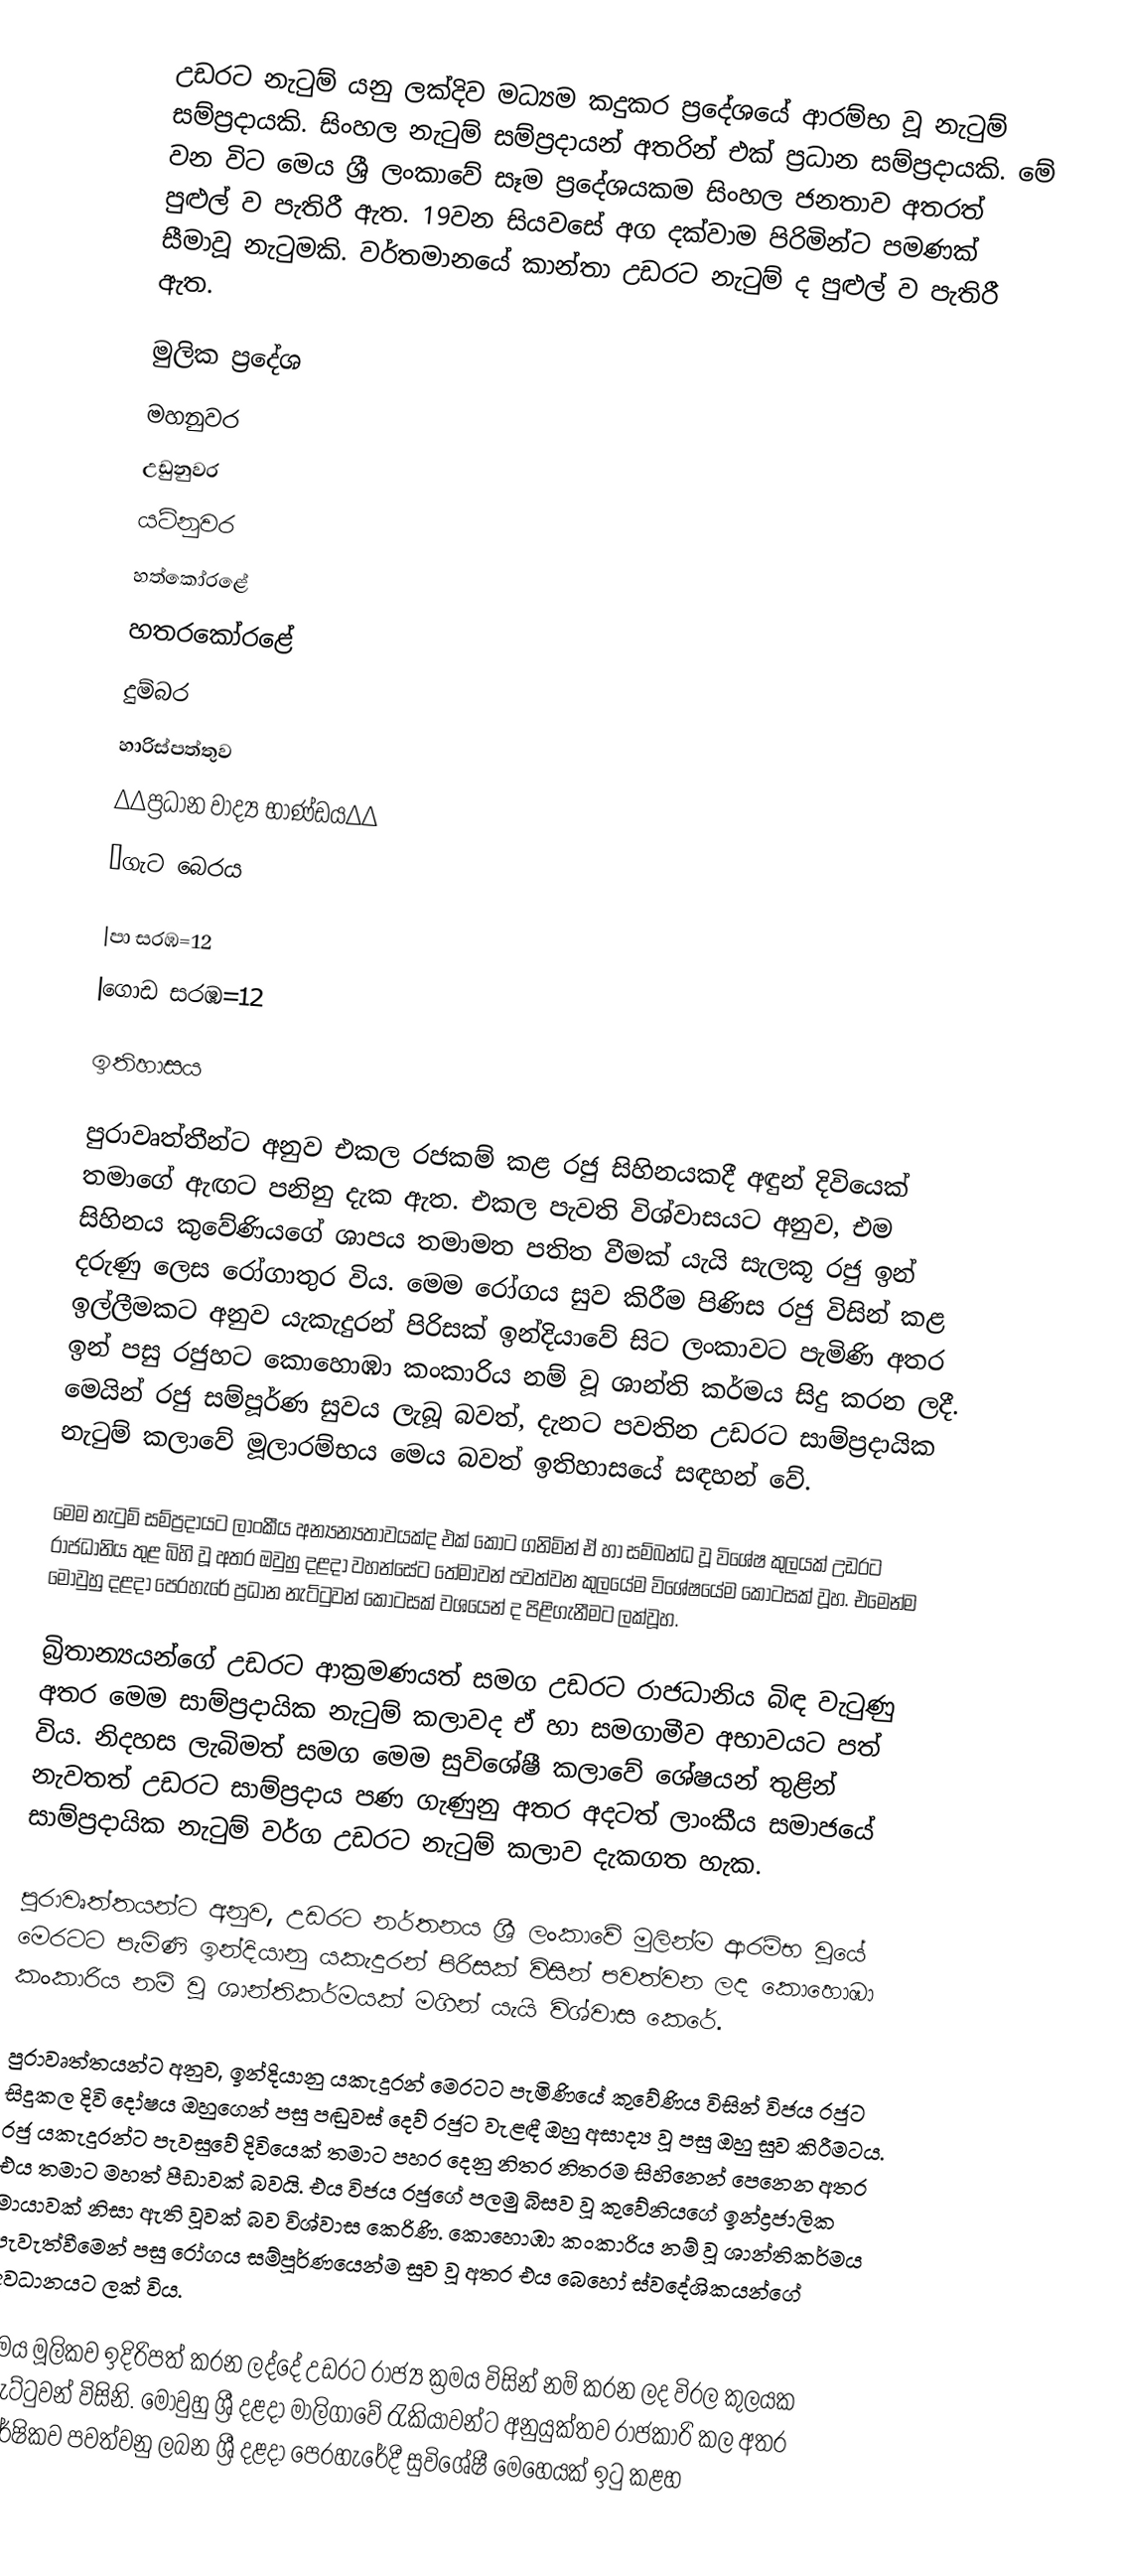
උඩරට නැටුම් යනු ලක්දිව මධ්‍යම කදුකර ප්‍රදේශයේ ආරම්භ වූ නැටුම් සම්ප්‍රදායකි. සිංහල නැටුම් සම්ප්‍රදායන් අතරින් එක් ප්‍රධාන සම්ප්‍රදායකි. මේ වන විට  මෙය ශ්‍රී ලංකාවේ සෑම ප්‍රදේශයකම සිංහල ජනතාව අතරත් පුළුල් ව පැතිරී ඇත. 19වන සියවසේ අග දක්වාම පිරිමින්ට පමණක් සීමාවූ නැටුමකි. වර්තමානයේ කාන්තා උඩරට නැටුම් ද පුළුල් ව පැතිරී ඇත.

මුලික ප්‍රදේශ
 මහනුවර
 උඩුනුවර
 යටිනුවර
 හත්කෝරළේ
 හතරකෝරළේ
 දුම්බර
 හාරිස්පත්තුව
∆∆ප්‍රධාන වාද්‍ය භාණ්ඩය∆∆
•ගැට බෙරය

|පා සරඹ=12
|ගොඩ සරඹ=12

ඉතිහාසය

පුරාවෘත්තීන්ට අනුව එකල රජකම් කළ රජු සිහිනයකදී අඳුන් දිවියෙක් තමාගේ ඇඟට පනිනු දැක ඇත. එකල පැවති විශ්වාසයට අනුව, එම සිහිනය කුවේණියගේ ශාපය තමාමත පතිත වීමක් යැයි සැලකූ රජු ඉන් දරුණු ලෙස රෝගාතුර විය. මෙම රෝගය සුව කිරීම පිණිස රජු විසින් කළ ඉල්ලීමකට අනුව යැකැදුරන් පිරිසක් ඉන්දියාවේ සිට ලංකාවට පැමිණි අතර ඉන් පසු රජුහට කොහොඹා කංකාරිය නම් වූ ශාන්ති කර්මය සිදු කරන ලදී. මෙයින් රජු සම්පූර්ණ සුවය ලැබූ බවත්, දැනට පවතින උඩරට සාම්ප්‍රදායික නැටුම් කලාවේ මූලාරම්භය මෙය බවත් ඉතිහාසයේ සඳහන් වේ.

මෙම නැටුම් සම්ප්‍රදායට ලාංකීය අන්‍යන්‍යතාවයක්ද එක් කොට ගනිමින් ඒ හා සම්බන්ධ වූ විශේෂ කුලයක් උඩරට රාජධානිය තුළ බිහි වූ අතර ඔවුහු දළදා වහන්සේට තේමාවන් පවත්වන කුලයේම විශේෂයේම කොටසක් වූහ. එමෙන්ම මොවුහු දළදා පෙරහැරේ ප්‍රධාන නැට්ටුවන් කොටසක් වශයෙන් ද පිළිගැනීමට ලක්වූහ.

බ්‍රිතාන්‍යයන්ගේ උඩරට ආක්‍රමණයත් සමග උඩරට රාජධානිය බිඳ වැටුණු අතර මෙම සාම්ප්‍රදායික නැටුම් කලාවද ඒ හා සමගාමීව අභාවයට පත් විය. නිදහස ලැබිමත් සමග මෙම සුවිශේෂී කලාවේ ශේෂයන් තුළින් නැවතත් උඩරට සාම්ප්‍රදාය පණ ගැණුනු අතර අදටත් ලාංකීය සමාජයේ සාම්ප්‍රදායික නැටුම් වර්ග උඩරට නැටුම් කලාව දැකගත හැක.

පුරාවෘත්තයන්ට අනුව, උඩරට නර්තනය ශ්‍රී ලංකාවේ මුලින්ම ආරම්භ වූයේ මෙරටට පැමිණි ඉන්දියානු යකැදුරන් පිරිසක් විසින් පවත්වන ලද කොහොඹා කංකාරිය නම් වූ ශාන්තිකර්මයක් මගින් යැයි විශ්වාස කෙරේ.

පුරාවෘත්තයන්ට අනුව, ඉන්දියානු යකැදුරන් මෙරටට පැමිණියේ කුවේණිය විසින් විජය රජුට සිදුකල දිවි දෝෂය ඔහුගෙන් පසු පඬුවස් දෙව් රජුට වැළඳී ඔහු අසාද්‍ය වූ පසු ඔහු සුව කිරීමටය. රජු යකැදුරන්ට පැවසුවේ දිවියෙක් තමාට පහර දෙනු නිතර නිතරම සිහිනෙන් පෙනෙන අතර එය තමාට මහත් පීඩාවක් බවයි. එය විජය රජුගේ පලමු බිසව වූ කුවේනියගේ ඉන්ද්‍රජාලික මායාවක් නිසා ඇති වූවක් බව විශ්වාස කෙරිණි. කොහොඹා කංකාරිය නම් වූ ශාන්තිකර්මය පැවැත්වීමෙන් පසු රෝගය සම්පූර්ණයෙන්ම සුව වූ අතර එය බෙහෝ ස්වදේශිකයන්ගේ අවධානයට ලක් විය.

මෙය මූලිකව ඉදිරිපත් කරන ලද්දේ උඩරට රාජ්‍ය ක්‍රමය විසින් නම් කරන ලද විරල කුලයක නැට්ටුවන් විසිනි. මොවුහු ශ්‍රී දළදා මාලිගාවේ රැකියාවන්ට අනුයුක්තව රාජකාරි කල අතර වාර්ෂිකව පවත්වනු ලබන ශ්‍රී දළදා පෙරහැරේදී සුවිශේෂී මෙහෙයක් ඉටු කළහ